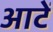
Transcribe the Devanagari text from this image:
आटें